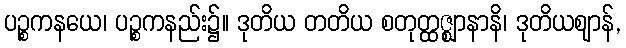
ပဉ္စကနယေ၊ ပဉ္စကနည်း၌။ ဒုတိယ တတိယ စတုတ္ထဇ္ဈာနာနိ၊ ဒုတိယဈာန်,